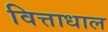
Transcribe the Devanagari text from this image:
वित्ताधाल